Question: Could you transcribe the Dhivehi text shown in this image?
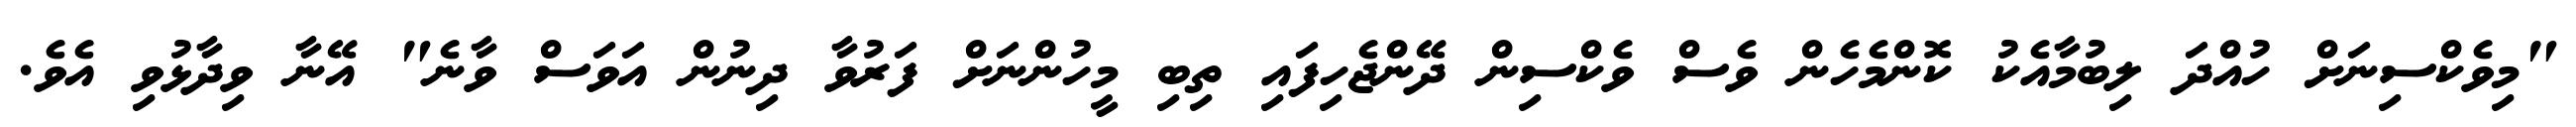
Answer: "މިވެކްސިނަށް ހުއްދަ ލިބުމާއެކު ކޮންމެހެން ވެސް ވެކްސިން ދޭންޖެހިފައި ތިބި މީހުންނަށް ފަރުވާ ދިނުން އަވަސް ވާނެ" އޭނާ ވިދާޅުވި އެވެ.